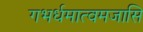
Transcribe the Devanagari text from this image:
गभर्धमात्वमजासि